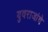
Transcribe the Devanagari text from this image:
युवराजांचे